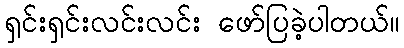
ရှင်းရှင်းလင်းလင်း ဖော်ပြခဲ့ပါတယ်။